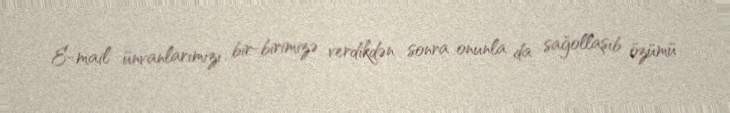
E-mail ünvanlarımızı bir-birimizə verdikdən sonra onunla da sağollaşıb özümü